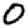
Digit: 0